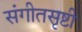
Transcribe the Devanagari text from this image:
संगीतसृष्टी